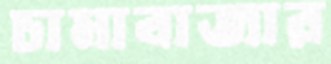
চামাবাজার